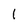
Character: 1